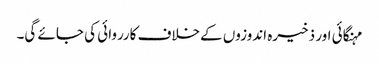
مہنگائی اور ذخیرہ اندوزوں کےخلاف کارروائی کی جائے گی۔